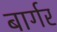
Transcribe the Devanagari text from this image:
बार्गर